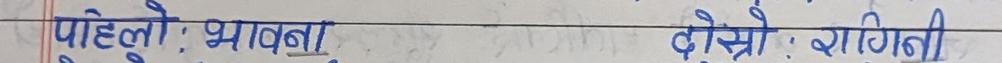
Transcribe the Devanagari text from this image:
पहिलो : भावना दोस्रो : रागिनी